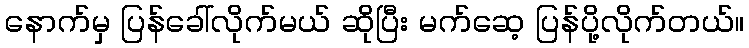
နောက်မှ ပြန်ခေါ်လိုက်မယ် ဆိုပြီး မက်ဆေ့ ပြန်ပို့လိုက်တယ်။